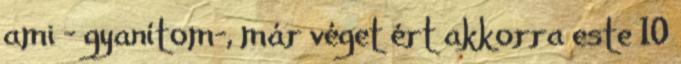
ami – gyanítom-, már véget ért akkorra este 10